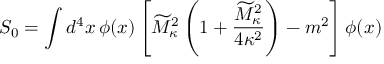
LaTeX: S _ { 0 } = \int d ^ { 4 } x \, \phi ( x ) \left[ \widetilde { M } _ { \kappa } ^ { 2 } \left( 1 + { \frac { \widetilde { M } _ { \kappa } ^ { 2 } } { 4 \kappa ^ { 2 } } } \right) - m ^ { 2 } \right] \phi ( x )